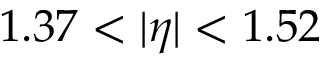
1 . 3 7 < | \eta | < 1 . 5 2